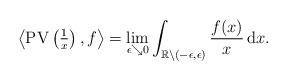
LaTeX: \begin{align*} \left\langle \mathrm{PV}\left( \tfrac{1}{x} \right), f \right\rangle = \lim_{\epsilon \searrow 0} \int_{\mathbb{R} \setminus (-\epsilon, \epsilon)} \frac{f(x)}{x} \,\mathrm{d}x. \end{align*}